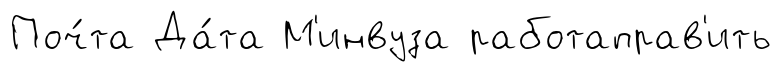
Поч́та Да́та М'инвуза работаправ'ить